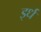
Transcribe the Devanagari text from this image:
इर्ध